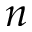
n